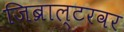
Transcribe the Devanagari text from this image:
जिब्राल्टरवर